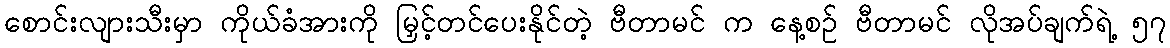
စောင်းလျားသီးမှာ ကိုယ်ခံအားကို မြှင့်တင်ပေးနိုင်တဲ့ ဗီတာမင် က နေ့စဉ် ဗီတာမင် လိုအပ်ချက်ရဲ့ ၅၇